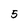
Character: 5